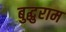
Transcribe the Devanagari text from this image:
बुद्धुराम